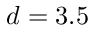
d = 3 . 5